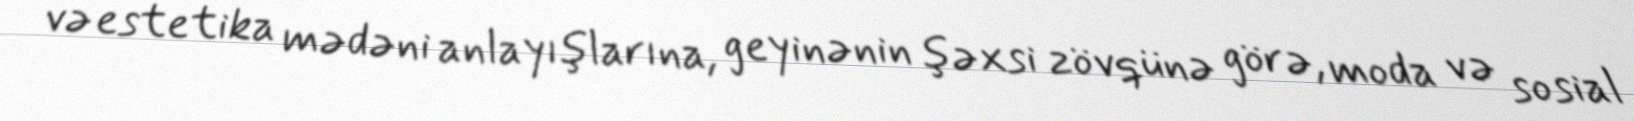
və estetika mədəni anlayışlarına, geyinənin şəxsi zövqünə görə, moda və sosial